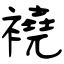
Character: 襓